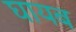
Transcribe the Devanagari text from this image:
घायब